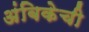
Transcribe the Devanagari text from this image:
अंबिकेची